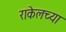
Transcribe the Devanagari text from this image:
राकेलच्या